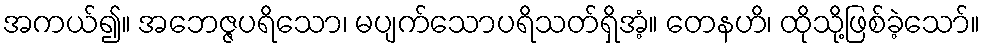
အကယ်၍။ အဘေဇ္ဇပရိသော၊ မပျက်သောပရိသတ်ရှိအံ့။ တေနဟိ၊ ထိုသို့ဖြစ်ခဲ့သော်။